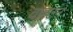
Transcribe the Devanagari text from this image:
वारटन